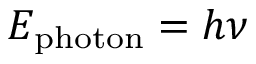
E _ { \mathrm { p h o t o n } } = h \nu